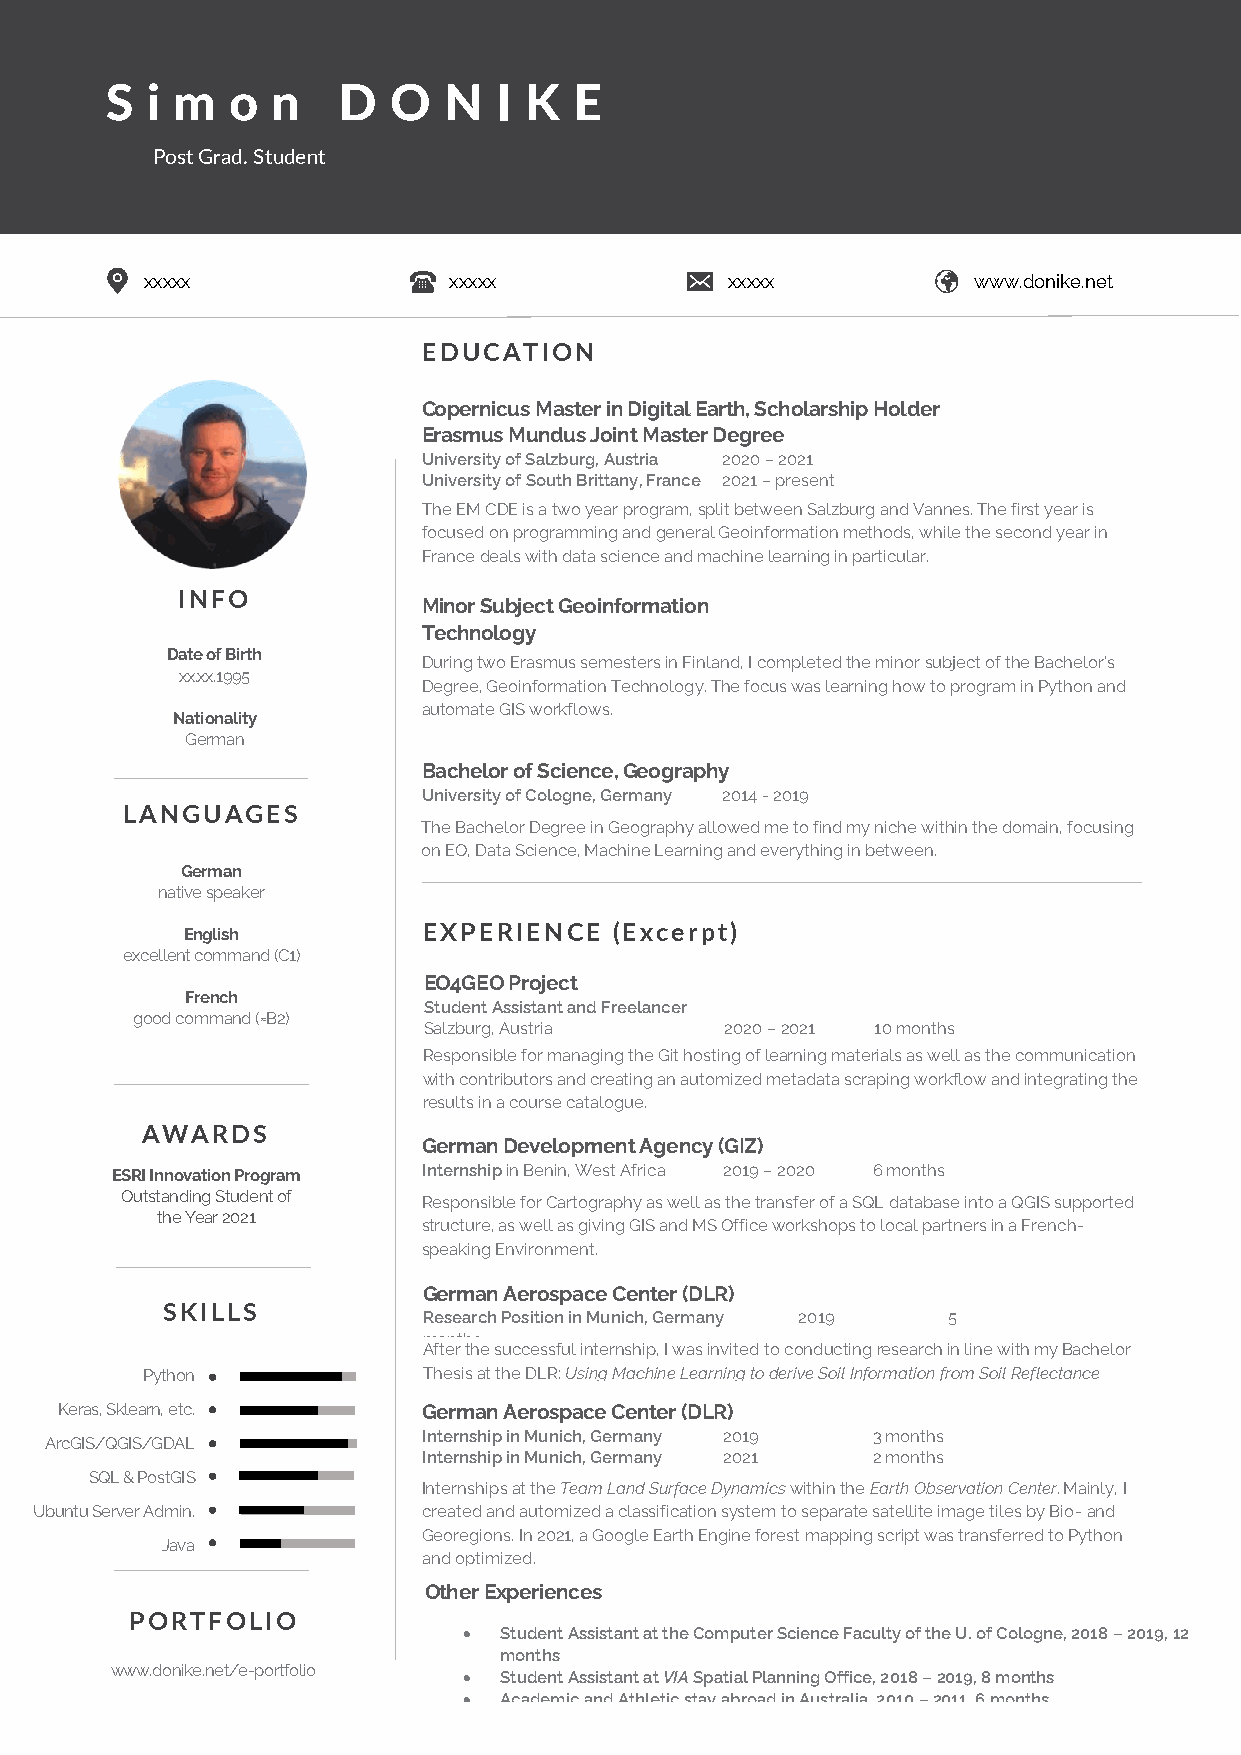
S  i m  o  n   D   O  N   I K  E
 Post Grad. Student
 xxxxx               xxxxx             xxxxx           www.donike.net
 EDUCATION
 Copernicus Master in Digital Earth, Scholarship Holder
 Erasmus Mundus Joint Master Degree
 University of Salzburg, Austria 2020 – 2021
 University of South Brittany, France 2021 – present
 The EM CDE is a two year program, split between Salzburg and Vannes. The first year is
 focused on programming and general Geoinformation methods, while the second year in
 France deals with data science and machine learning in particular.
 INFO
 Minor Subject Geoinformation
 Technology
 Date of Birth    UDunrivinegr stiwtyo o Ef rTausmrkuus, Fsienmlaensdte rs in Finlan2d0,1 I7 c -o 2m0p18le ted the minor subject of the Bachelor’s
 xx.xx.1995
 Degree, Geoinformation Technology. The focus was learning how to program in Python and
 automate GIS workflows.
 Nationality
 German
 Bachelor of Science, Geography
 University of Cologne, Germany 2014 - 2019
 LANGUAGES
 The Bachelor Degree in Geography allowed me to find my niche within the domain, focusing
 on EO, Data Science, Machine Learning and everything in between.
 German
 native speaker
 English         EXPERIENCE   (Excerpt)
 excellent command (C1)
 EO4GEO Project
 French
 Student Assistant and Freelancer
 good command (≈B2)
 Salzburg, Austria   2020 – 2021 10 months
 R esponsible for managing the Git hosting of learning materials as well as the communication
 with contributors and creating an automized metadata scraping workflow and integrating the
 results in a course catalogue.
 AWARDS
 German Development Agency (GIZ)
 ESRI Innovation Program Internship in Benin, West Africa 2019 – 2020 6 months
 Outstanding Student of R esponsible for Cartography as well as the transfer of a SQL database into a QGIS supported
 the Year 2021
 structure, as well as giving GIS and MS Office workshops to local partners in a French-
 speaking Environment.
 German Aerospace Center (DLR)
 SKILLS
 Research Position in Munich, Germany 2019 5
 months
 After the successful internship, I was invited to conducting research in line with my Bachelor
 Python             Thesis at the DLR: Using Machine Learning to derive Soil Information from Soil Reflectance
 Composites (SCMaP).
 Keras, Sklearn, etc.    German Aerospace Center (DLR)
 Internship in Munich, Germany 2019 3 months
 ArcGIS/QGIS/GDAL
 Internship in Munich, Germany 2021 2 months
 SQL & PostGIS
 Internships at the Team Land Surface Dynamics within the Earth Observation Center. Mainly, I
 Ubuntu Server Admin.      created and automized a classification system to separate satellite image tiles by Bio- and
 Georegions. In 2021, a Google Earth Engine forest mapping script was transferred to Python
 Java
 and optimized.
 Other Experiences
 PORT FOLIO
 • Student Assistant at the Computer Science Faculty of the U. of Cologne, 2018 – 2019, 12
 months
 www.donike.net/e-portfolio • Student Assistant at VIA Spatial Planning Office, 2018 – 2019, 8 months
 • Academic and Athletic stay abroad in Australia, 2010 – 2011, 6 months